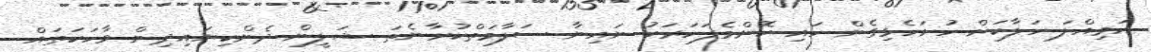
އަމިއްލަ ހަލާކަށް ހުށަހެޅިގެން ހައި ކޮންމެފަހަރަކު ނައިނާ ސަލާމަތްކުރާނެތަ ޝަލީން ދެންކިޔައިދިން ވާހަކަތައް